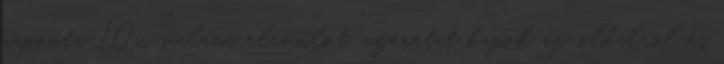
naponta 10x ''valami elromlot.'' uzenetet kapok az oldalrol es